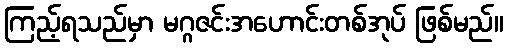
ကြည့်ရသည်မှာ မဂ္ဂဇင်းအဟောင်းတစ်အုပ် ဖြစ်မည်။